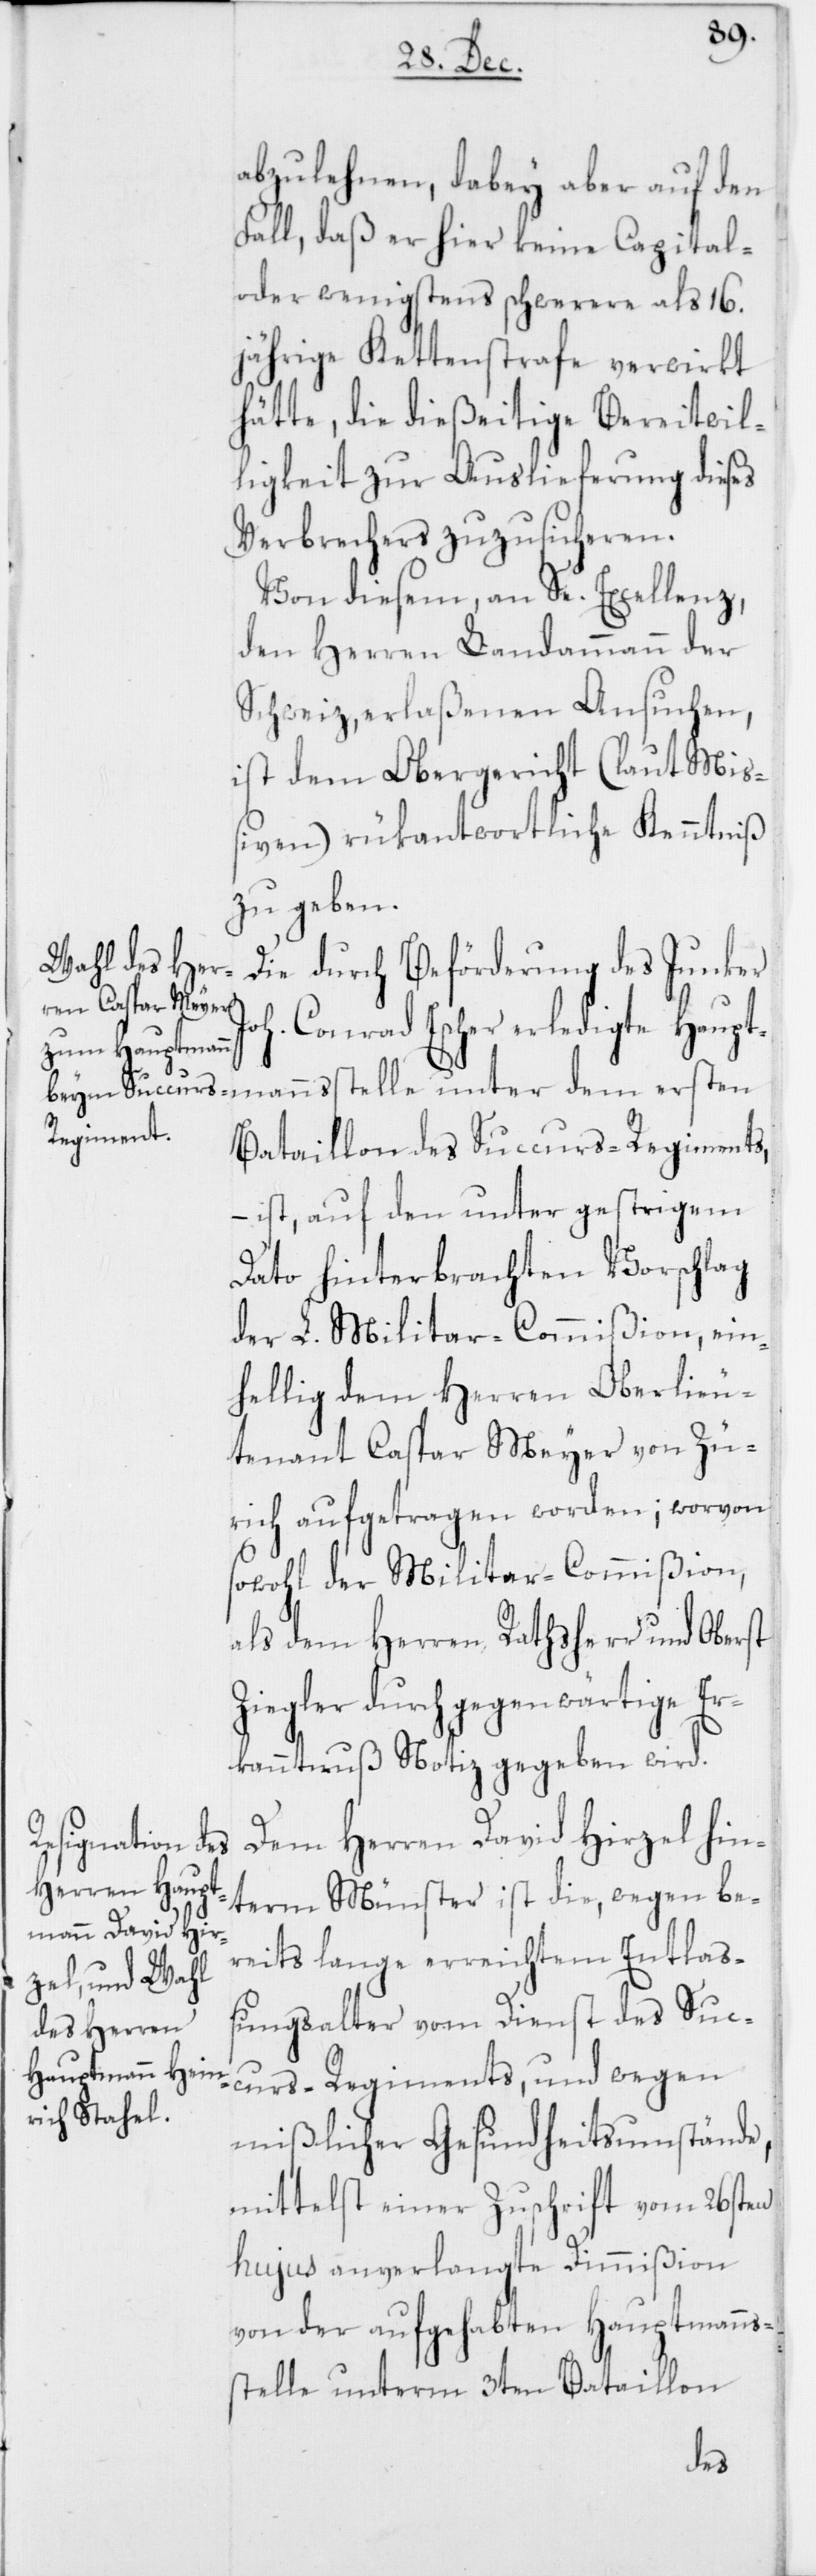
abzulehnen, dabey aber auf den
Fall, daß er hier keine Capital-
oder wenigstens schwerere als 16.
jährige Kettenstrafe verwirkt
hätte, die dießeitige Bereitwil¬
ligkeit zur Auslieferung dieses
Verbrechers zuzusicheren.
Von diesem, an Se. Excellenz,
den Herren Landammann der
Schweiz, erlaßenen Ansuchen,
ist dem Obergericht (laut Miß¬
iven) rükantwortliche Kenntniß
zu geben.
Die durch Beförderung des Junker
Conrad Escher erledigte Haupt¬
Bataillon des Succurs-Regiments,
– ist auf den unter gestrigem
Dato hinterbrachten Vorschlag
der L. Militar-Commißion, ein¬
hellig dem Herren Oberlieu¬
tenant Caspar Meyer von Zü¬
rich aufgetragen worden; worvon
sowohl der Militar-Commißion,
als dem Herren Ratsherr und Oberst
Ziegler durch gegenwärtige Er¬
kanntnuß Notiz gegeben wird.
Dem Herren David Hirzel hin¬
mannsstelle
term Münster ist die, wegen be¬
reits lange erreichtem Entlaß¬
ungsalter vom Dienst des Suc¬
curs-Regiments, und wegen
mißlicher Gesundheitsumstände,
mittelst einer Zuschrift vom 26sten
hujus anverlangte Dimmißion
von der aufgehabten Hauptmanns¬
stelle unterm 3ten Bataillon